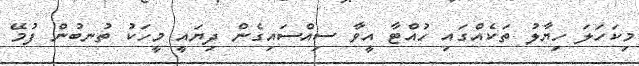
މިކަހަލަ ހިޔާލު ތަކެއްގައި ހުއްޓާ އީވާ ސިއްސައިގެން ދިޔައީ މީހަކު ތުނބުން ފުމޭ